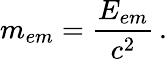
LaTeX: m_{em}={\frac{E_{em}}{c^{2}}}\, .